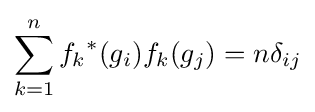
\sum _{k=1}^{n}{f_{k}}^{*}(g_{i})f_{k}(g_{j})=n\delta _{ij}